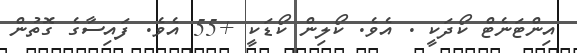
އިންޓަނެޓް ކޯދަކީ . އެވެ. ކޯލިން ކޯޑަކީ +55 އެވެ. ފައިސާގެ ގޮތުން